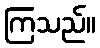
ကြသည်။